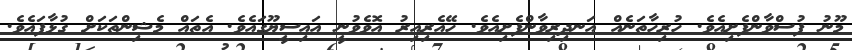
މޫނު ފުސްވާންފެށިއެވެ. ހުރިހާތަނެއް އަނދިރިވާންފެށިއެވެ. ހޭއެރިއިރު އޮވެވުނީ އައިސީޔޫގައެވެ. އެތައް މެޝިންތަކަށް ގުޅާފައެވެ.